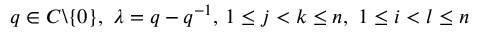
q \in C \backslash \{ 0 \} , \ \lambda = q - q ^ { - 1 } , \, 1 \leq j < k \leq n , \ 1 \leq i < l \leq n